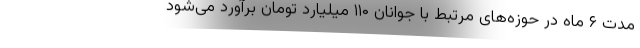
مدت ۶ ماه در حوزه‌های مرتبط با جوانان ۱۱۰ میلیارد تومان برآورد می‌شود